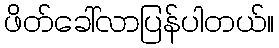
ဖိတ်ခေါ်လာပြန်ပါတယ်။